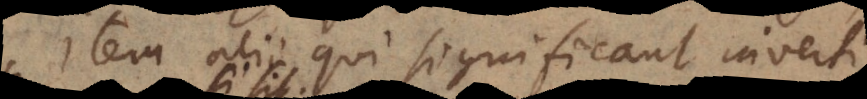
item alii qui significant inverti